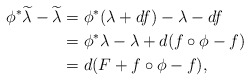
\begin{align*}\phi^\ast\widetilde{\lambda}- \widetilde{\lambda} &= \phi^\ast(\lambda +df)-\lambda-df\\&= \phi^\ast\lambda-\lambda + d(f\circ \phi - f)\\&= d(F+ f\circ \phi- f), \end{align*}